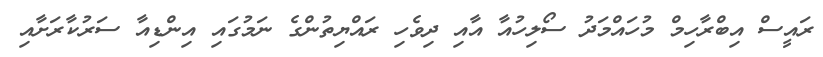
ރައީސް އިބްރާހިމް މުހައްމަދު ސޯލިހުއާ އާއި ދިވެހި ރައްޔިތުންގެ ނަމުގައި އިންޑިއާ ސަރުކާރަށާއި